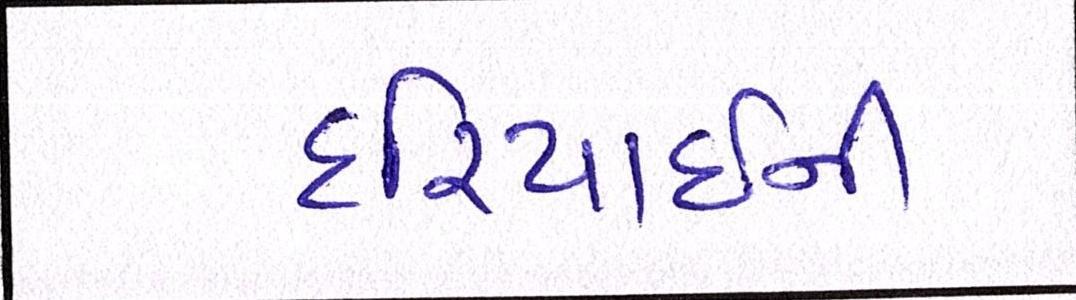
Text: દરિયાઈની